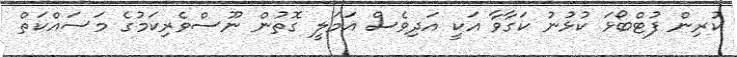
ކުރިން ފުޓްބޯޅަ ކުޅުނު ކަގާވާ އަކީ އަދިވެސް އަމަލީ ގޮތުން ނޫސްވެރިކަމުގެ މަސައްކަތް